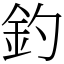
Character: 釣